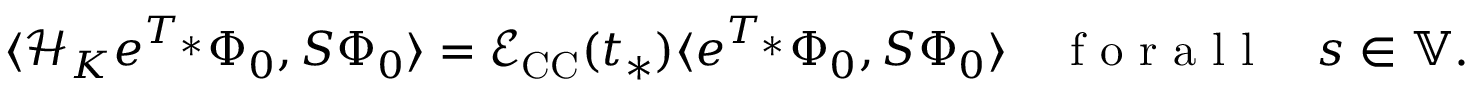
\langle \mathcal { H } _ { K } e ^ { T _ { * } } \Phi _ { 0 } , S \Phi _ { 0 } \rangle = \mathcal { E } _ { \mathrm { C C } } ( t _ { * } ) \langle e ^ { T _ { * } } \Phi _ { 0 } , S \Phi _ { 0 } \rangle \quad \mathrm { ~ f ~ o ~ r ~ a ~ l ~ l ~ } \quad s \in \mathbb { V } .